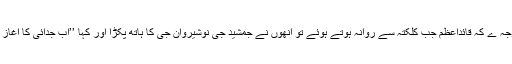
یہی وجہ ے کہ قائداعظم جب کلکتہ سے روانہ ہوتے ہوئے تو انھوں نے جمشید جی نوشیروان جی کا ہاتھ پکڑا اور کہا ’’اب جدائی کا آغاز ہے‘‘۔